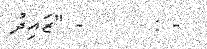
- :      - "ޒައިދު